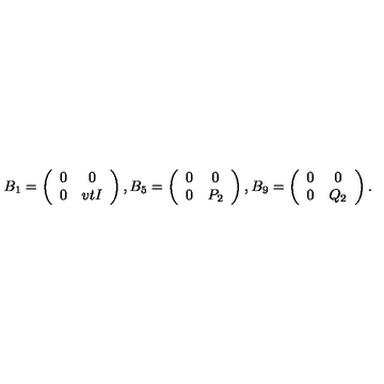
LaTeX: B _ { 1 } = \left( \begin{array} { c c } { 0 } & { 0 } \\ { 0 } & { v t I } \\ \end{array} \right) , B _ { 5 } = \left( \begin{array} { c c } { 0 } & { 0 } \\ { 0 } & { P _ { 2 } } \\ \end{array} \right) , B _ { 9 } = \left( \begin{array} { c c } { 0 } & { 0 } \\ { 0 } & { Q _ { 2 } } \\ \end{array} \right) .